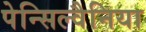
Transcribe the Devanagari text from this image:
पेन्सिल्वैनिया